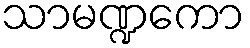
သာမဏ္ဍကော